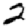
Digit: 2